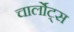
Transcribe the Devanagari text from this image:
चार्लोट्स